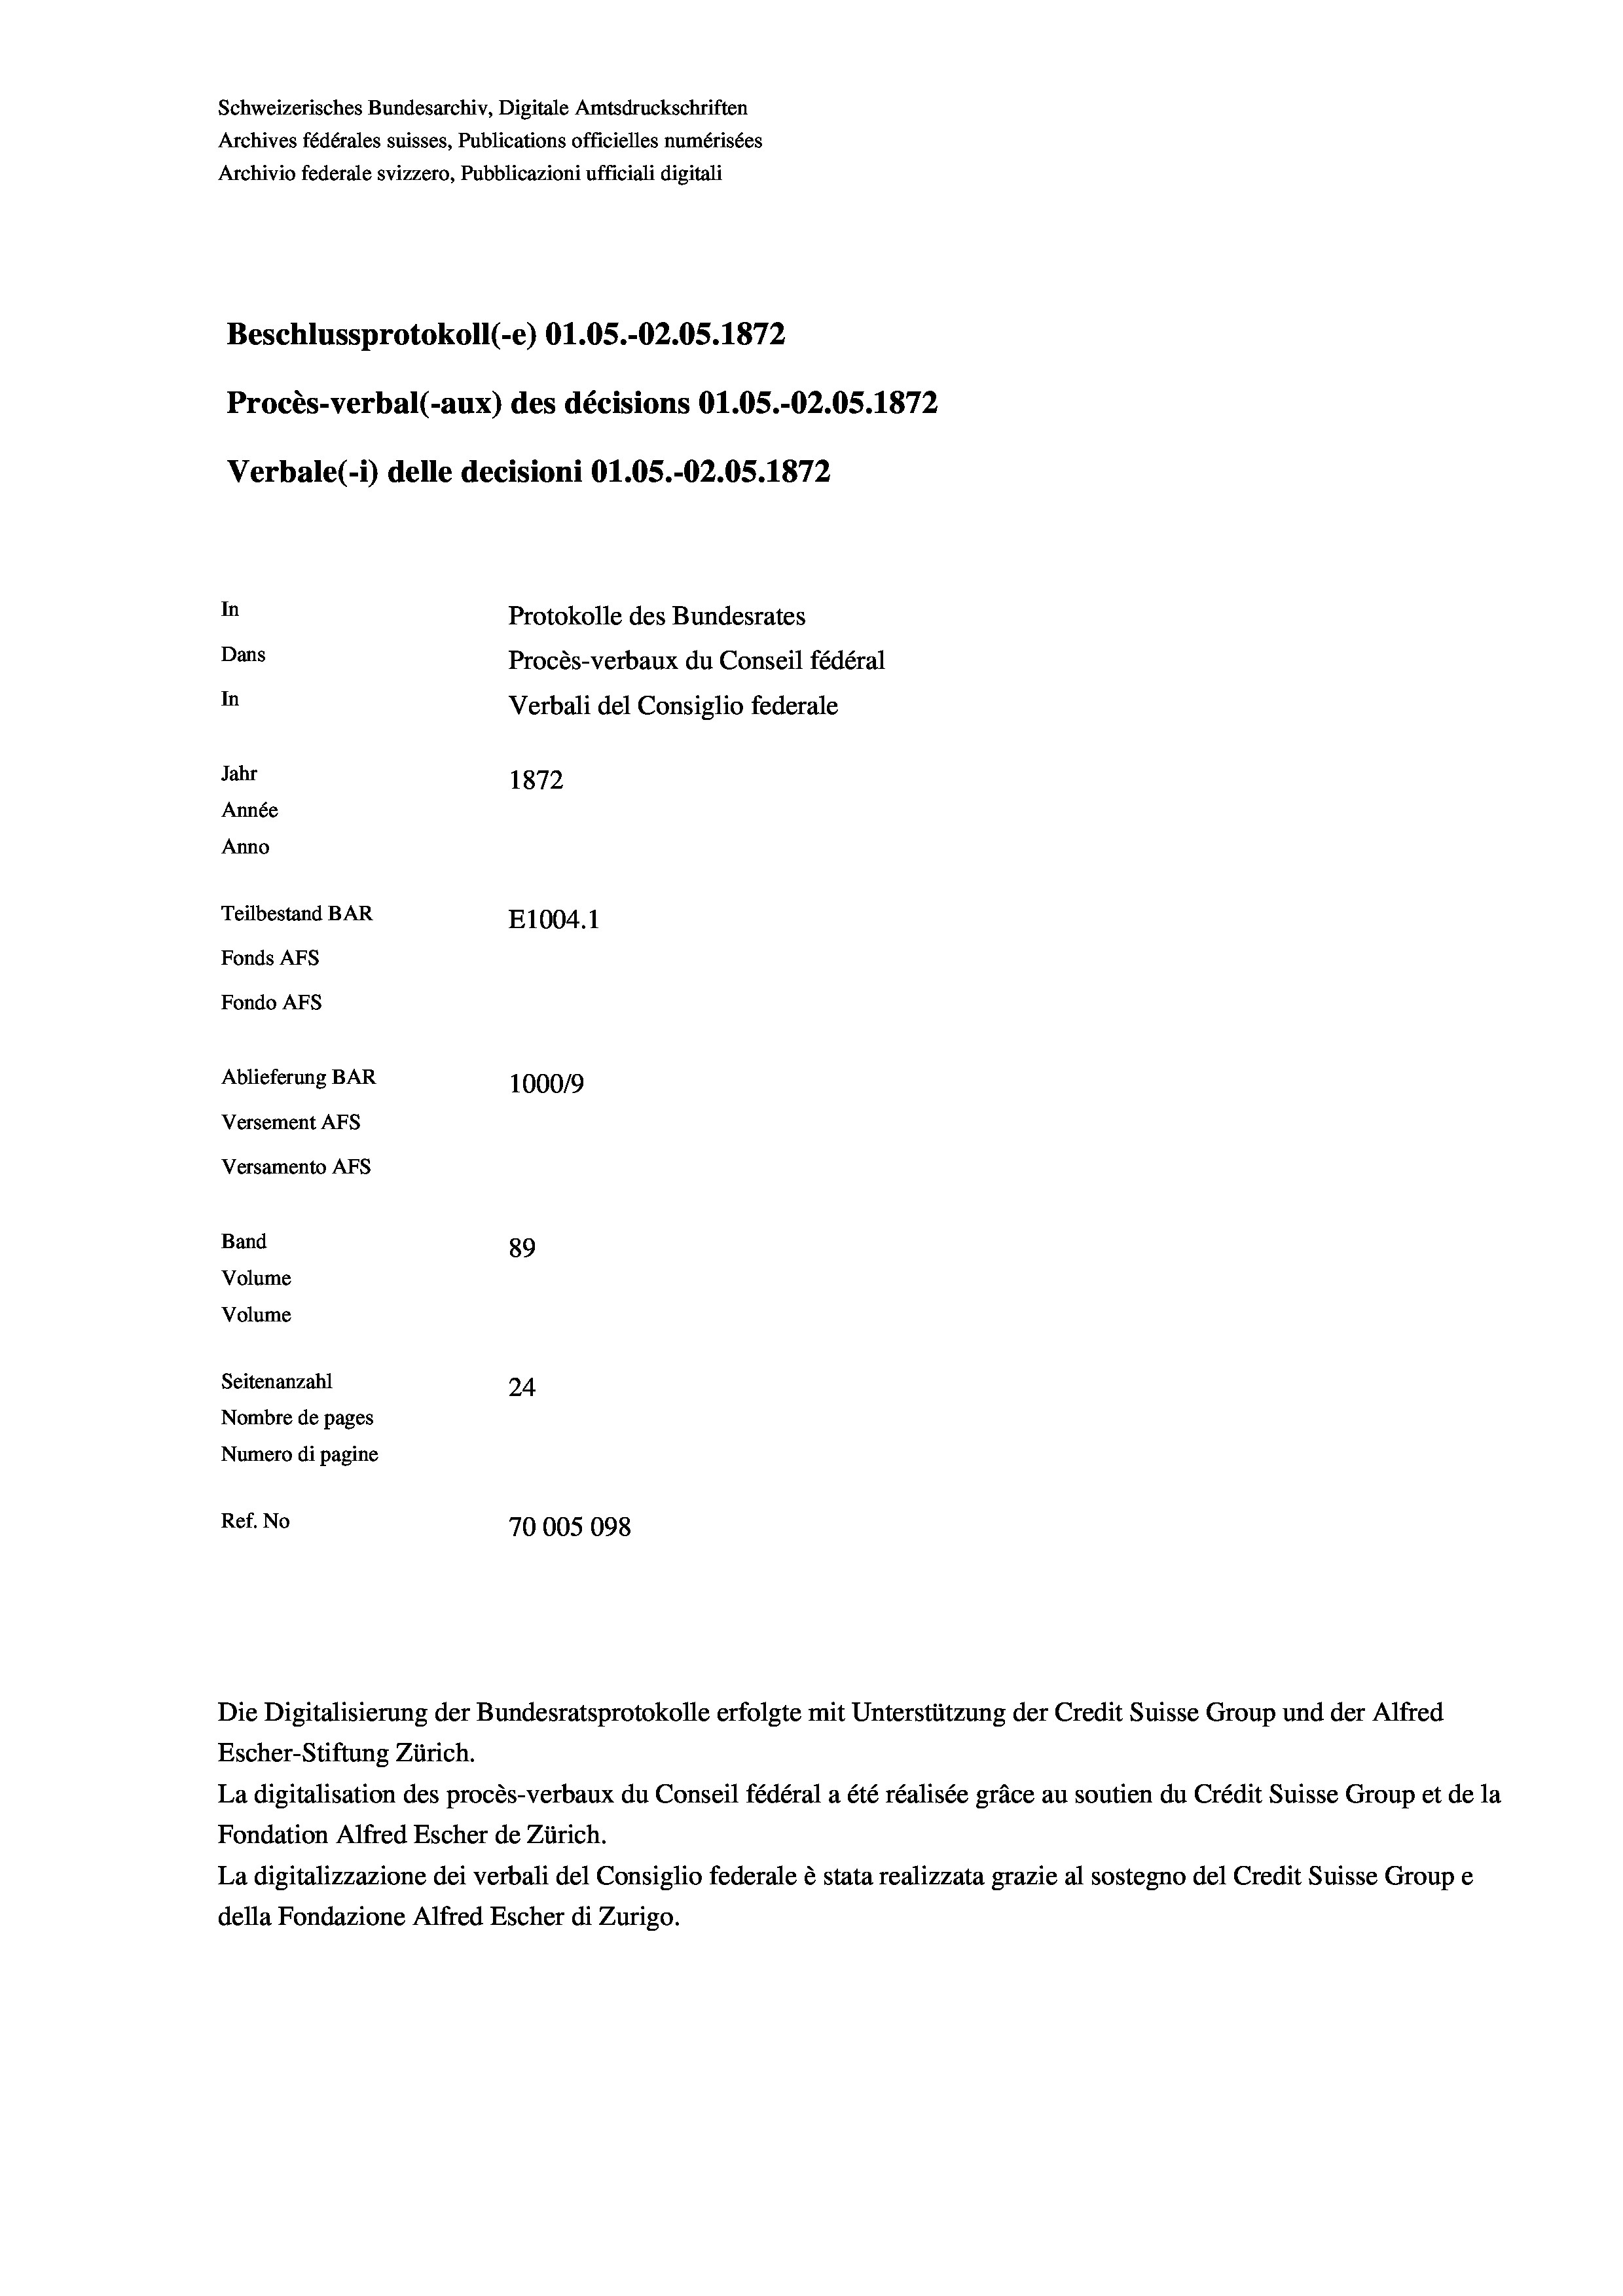
Schweizerisches Bundesarchiv, Digitale Amtsdruckschriften
Archives fédérales suisses, Publications officielles numérisées
Archivio federale svizzero, Pubblicazioni ufficiali digitali
Beschlussprotokoll (e) 01.05.-O2.05. 1872
Procès-verbal (-aux) des décisions O1.05.-O2.05. 1872
Verbale (i) delle decisioni Ol.05.-O2.05. 1872
In
Protokolle des Bundesrates
Dans
Procès-verbaux du Conseil fédéral
In
Verbali del Consiglio federale
Jahr
1872
Année
Anno
Teilbestand BAR
E1004. 1
Fonds AFs
Fondo Afs
Ablieferung BAR
100019
Versement AFs
Versamento Afs
Band
89
Volume
Volume
Seitenanzahl
24
Nombre de pages
Numero di pagine
Ref. No
70005098

Die Digitalisierung der Bundesratsprotokolle erfolgte mit Unterstützung der Credit Suisse Group und der Alfred

Escher-Stiftung Zürich.
La digitalisation des procès-verbaux du Conseil fédéral a été réalisée gräce au soutien du Crédit Suisse Group et de la
Fondation Alfred Escher de Zürich.
La digitalizzazione dei verbali del Consiglio federale è stata realizzata grazie al sostegno del Credit Suisse Groupe
della Fondazione Alfred Escher di Zurigo.